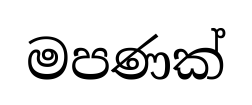
මපණක්